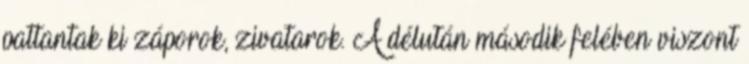
pattantak ki záporok, zivatarok. A délután második felében viszont